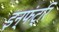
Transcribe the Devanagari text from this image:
इन्फंट्रि